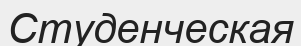
Студенческая